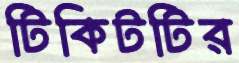
টিকিটটির